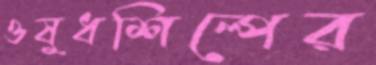
ওষুধশিল্পের